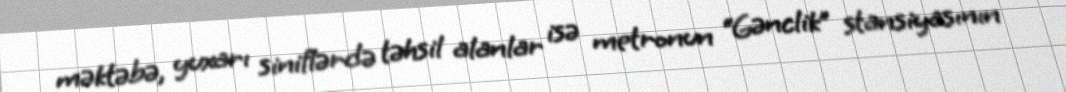
məktəbə, yuxarı siniflərdə təhsil alanlar isə metronun “Gənclik” stansiyasının